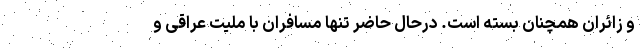
و زائران همچنان بسته است. درحال حاضر تنها مسافران با ملیت عراقی و